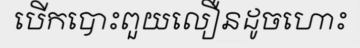
បើកបោះពួយលឿនដូចហោះ